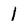
Character: 1